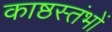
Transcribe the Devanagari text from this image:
काष्ठस्तंभों